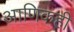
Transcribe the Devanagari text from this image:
आणिकही